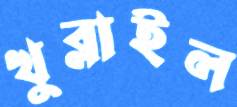
খুব্‌লাইল